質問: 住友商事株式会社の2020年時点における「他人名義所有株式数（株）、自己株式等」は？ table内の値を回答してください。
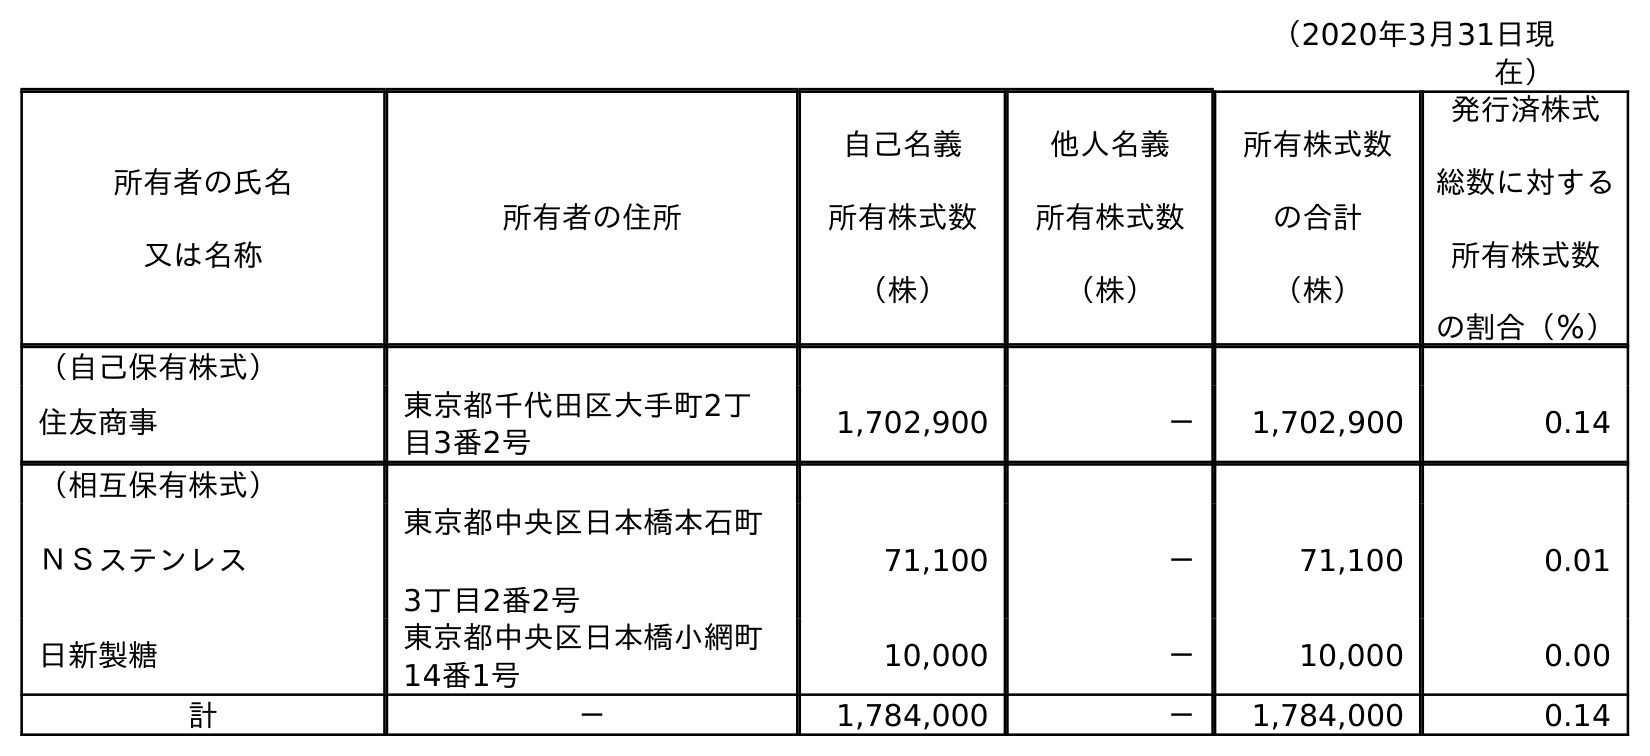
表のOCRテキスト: （2020年3月31日現 在） 所有者の氏名 又は名称 所有者の住所 自己名義 所有株式数 （株） 他人名義 所有株式数 （株） 所有株式数 の合計 （株） 発行済株式 総数に対する 所有株式数 の割合（％） （自己保有株式） 住友商事 東京都千代田区大手町2丁 目3番2号 1,702,900 － 1,702,900 0.14 （相互保有株式） ＮＳステンレス 東京都中央区日本橋本石町 3丁目2番2号 71,100 － 71,100 0.01 日新製糖 東京都中央区日本橋小網町 14番1号 10,000 － 10,000 0.00 計 － 1,784,000 － 1,784,000 0.14
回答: －